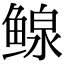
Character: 鳈